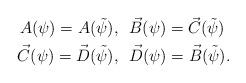
LaTeX: \begin{align*}A(\psi)=A(\tilde{\psi}),&\ \ \vec{B}(\psi)=\vec{C}(\tilde{\psi})\\\vec{C}(\psi)=\vec{D}(\tilde{\psi}),&\ \ \vec{D}(\psi)=\vec{B}(\tilde{\psi}).\end{align*}